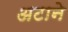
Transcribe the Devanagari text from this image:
अटाने